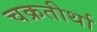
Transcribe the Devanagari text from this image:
चक्रतीर्था